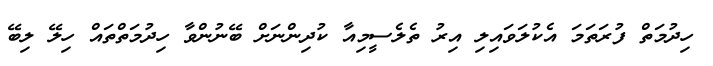
ހިދުމަތް ފުރަތަމަ އެކުލަވައިލި އިރު ތެލެސީމިއާ ކުދިންނަށް ބޭނުންވާ ހިދުމަތްތައް ހިލޭ ލިބޭ